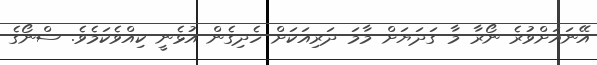
އޭނައަށްވުރެ ނޯރާ މާ ގަދަޔަށް މާމަ ދަރިއަކަށް ހެދިގެން އުޅެނީ ކިއްވެކަމެވެ. ސްނޯގެ